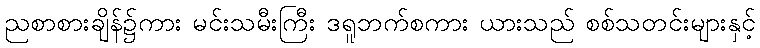
ညစာစားချိန်၌ကား မင်းသမီးကြီး ဒရူဘက်စကား ယားသည် စစ်သတင်းများနှင့်